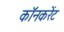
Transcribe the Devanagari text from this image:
कॉनकरेंट